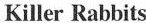
Killer Rabbits